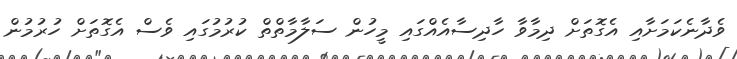
ވެދާނެކަމަށާއި އެގޮތަށް ދިމާވާ ހާދިސާއެއްގައި މީހުން ސަލާމާތްތް ކުރުމުގައި ވެސް އެގޮތަށް ހުރުމުން